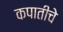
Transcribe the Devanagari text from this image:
कपातीचे